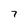
Character: 7